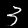
Digit: 3